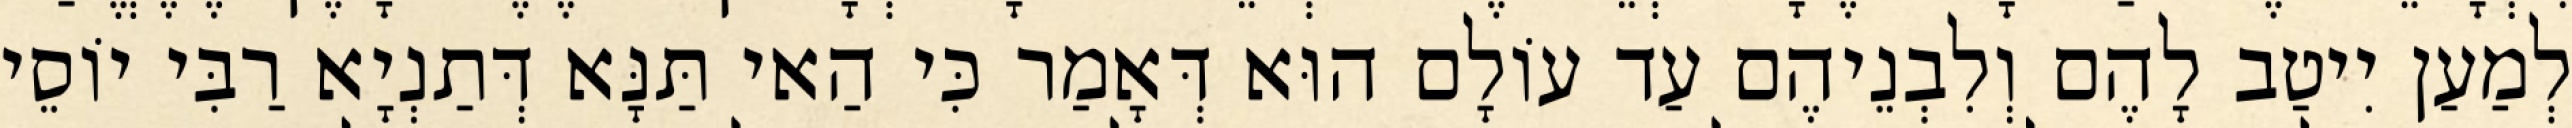
לְמַעַן יִיטַב לָהֶם וְלִבְנֵיהֶם עַד עוֹלָם הוּא דְּאָמַר כִּי הַאי תַּנָּא דְּתַנְיָא רַבִּי יוֹסֵי